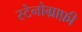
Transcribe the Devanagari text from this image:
स्टेनोग्राफ़ी